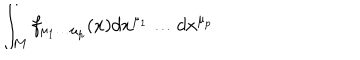
LaTeX: \int _ { M } f _ { \mu _ { 1 } \dots \mu _ { p } } ( x ) d x ^ { \mu _ { 1 } } \dots d x ^ { \mu _ { p } }